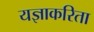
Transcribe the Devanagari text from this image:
यज्ञाकरिता